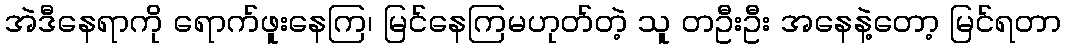
အဲဒီနေရာကို ရောက်ဖူးနေကြ၊ မြင်နေကြမဟုတ်တဲ့ သူ တဦးဦး အနေနဲ့တော့ မြင်ရတာ